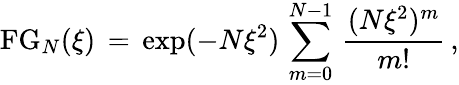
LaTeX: \begin{array}{l}{\displaystyle\mathrm{FG}_{N}(\xi)\, =\, \exp(-N\xi^{2})\, \sum_{m=0}^{N-1}\, \frac{(N\xi^{2})^{m}}{m!}\, ,}\end{array}